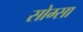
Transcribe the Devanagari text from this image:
सोम्सा